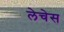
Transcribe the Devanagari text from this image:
लेचेस